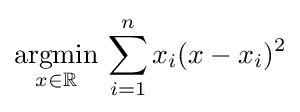
{\underset {x\in \mathbb {R} }{\operatorname {argmin} }}\,\sum _{i=1}^{n}x_{i}(x-x_{i})^{2}